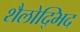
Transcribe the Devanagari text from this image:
शैलोद्भिद